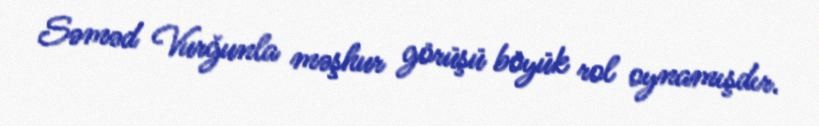
Səməd Vurğunla məşhur görüşü böyük rol oynamışdır.